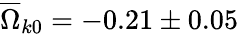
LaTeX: \overline{{\Omega}}_{k0}=-0.21\pm 0.05